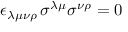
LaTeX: \epsilon _ { \lambda \mu \nu \rho } \, \sigma ^ { \lambda \mu } \sigma ^ { \nu \rho } = 0